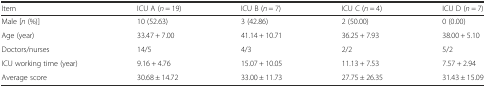
| Item | ICU A (n = 19) | ICU B (n = 7) | ICU C (n = 4) | ICU D (n = 7) |
 | --- | --- | --- | --- | --- |
 | Male [n (%)] | 10 (52.63) | 3 (42.86) | 2 (50.00) | 0 (0.00) |
 | Age (year) | 33.47 + 7.00 | 41.14 + 10.71 | 36.25 + 7.93 | 38.00 + 5.10 |
 | Doctors/nurses | 14/5 | 4/3 | 2/2 | 5/2 |
 | ICU working time (year) | 9.16 + 4.76 | 15.07 + 10.05 | 11.13 + 7.53 | 7.57 + 2.94 |
 | Average score | 30.68 ± 14.72 | 33.00 ± 11.73 | 27.75 ± 26.35 | 31.43 ± 15.09 |